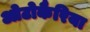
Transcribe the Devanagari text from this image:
ओटोकैरिया